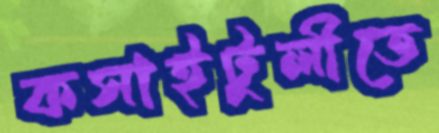
কসাইটুলীতে